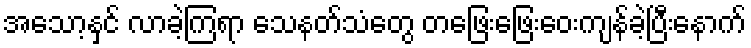
အသော့နှင် လာခဲ့ကြရာ သေနတ်သံတွေ တဖြေးဖြေးဝေးကျန်ခဲ့ပြီးနောက်